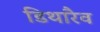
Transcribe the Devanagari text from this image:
डिथारैव